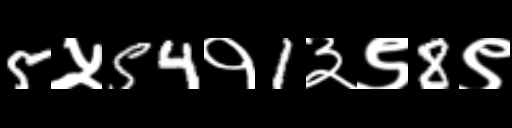
Text: 5५54१1३९8९